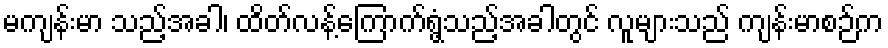
မကျန်းမာ သည့်အခါ၊ ထိတ်လန့်ကြောက်ရွံ့သည့်အခါတွင် လူများသည် ကျန်းမာစဉ်က